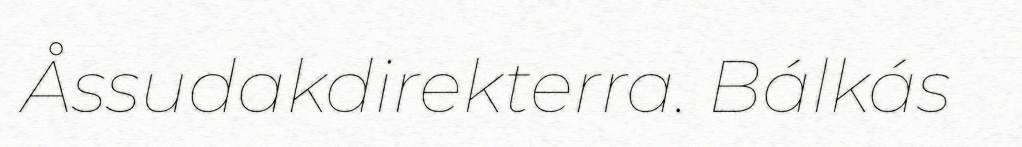
Åssudakdirekterra. Bálkás